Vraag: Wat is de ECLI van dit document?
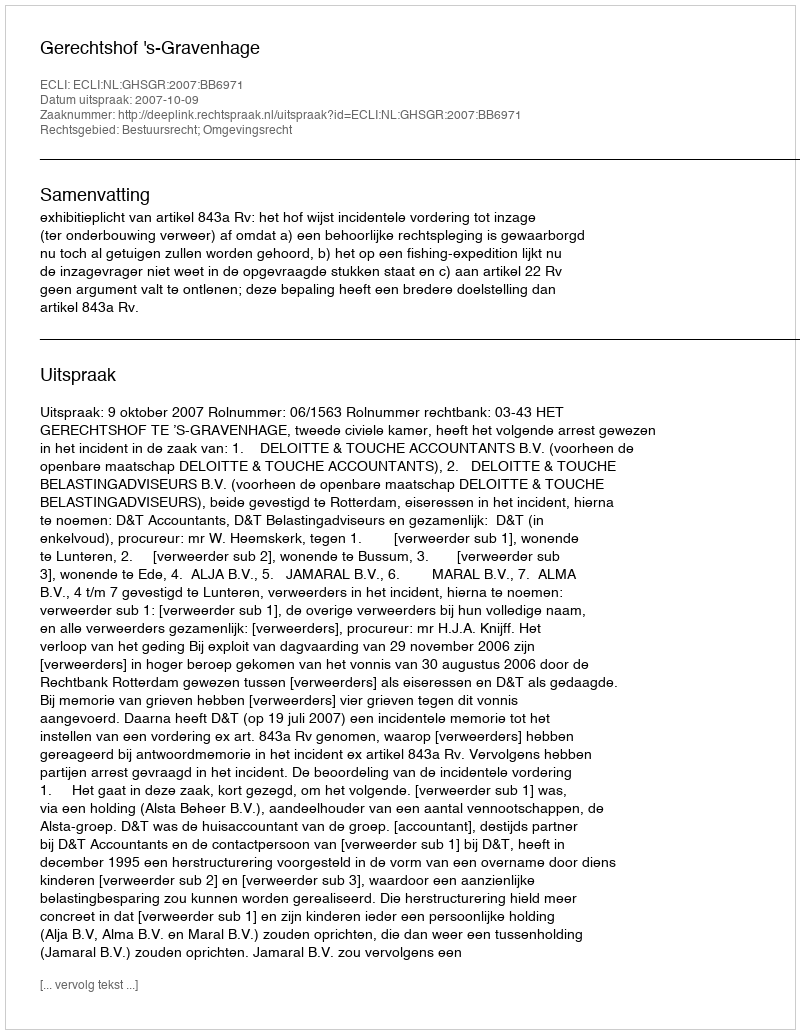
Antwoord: ECLI:NL:GHSGR:2007:BB6971